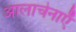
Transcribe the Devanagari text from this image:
आलाचेनाएँ